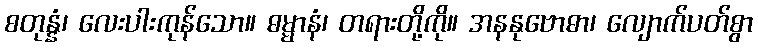
စတုန္နံ၊ လေးပါးကုန်သော။ ဓမ္မာနံ၊ တရားတို့ကို။ အနနုဗောဓာ၊ လျောက်ပတ်စွာ